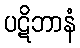
ပဋိဘာနံ